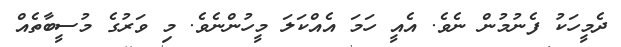
ދެމީހަކު ފެނުމުން ނެވެ. އެއީ ހަމަ އެއްކަލަ މީހުންނެވެ. މި ވަރުގެ މުސީބާތެއް